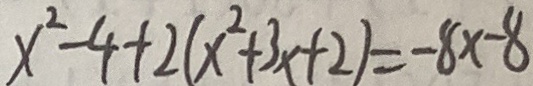
x ^ { 2 } - 4 + 2 ( x ^ { 2 } + 3 x + 2 ) = - 8 x - 8